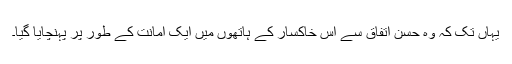
یہاں تک کہ وہ حُسن اتفاق سے اس خاکسار کے ہاتھوں میں ایک امانت کے طور پر پہنچایا گیا۔